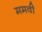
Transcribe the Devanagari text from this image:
ममवी